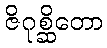
ဇိဂုစ္ဆိတော